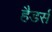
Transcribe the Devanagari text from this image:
हैडर्स